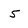
Character: 5